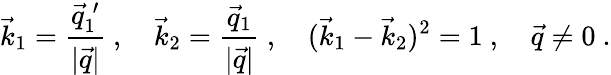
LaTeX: \vec{k}_{1}=\frac{\vec{q}_{1}^{\: \prime}}{|\vec{q}|}~,\ \ \ \ \vec{k}_{2}=\frac{\vec{q}_{1}}{|\vec{q}|}~,\ \ \ \ (\vec{k}_{1}-\vec{k}_{2})^{2}=1~,\ \ \ \ \vec{q}\neq 0~.